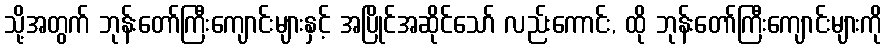
သို့အတွက် ဘုန်းတော်ကြီးကျောင်းများနှင့် အပြိုင်အဆိုင်သော် လည်းကောင်း, ထို ဘုန်းတော်ကြီးကျောင်းများကို